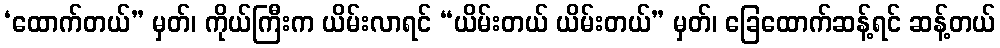
‘ထောက်တယ်” မှတ်၊ ကိုယ်ကြီးက ယိမ်းလာရင် “ယိမ်းတယ် ယိမ်းတယ်” မှတ်၊ ခြေထောက်ဆန့်ရင် ဆန့်တယ်